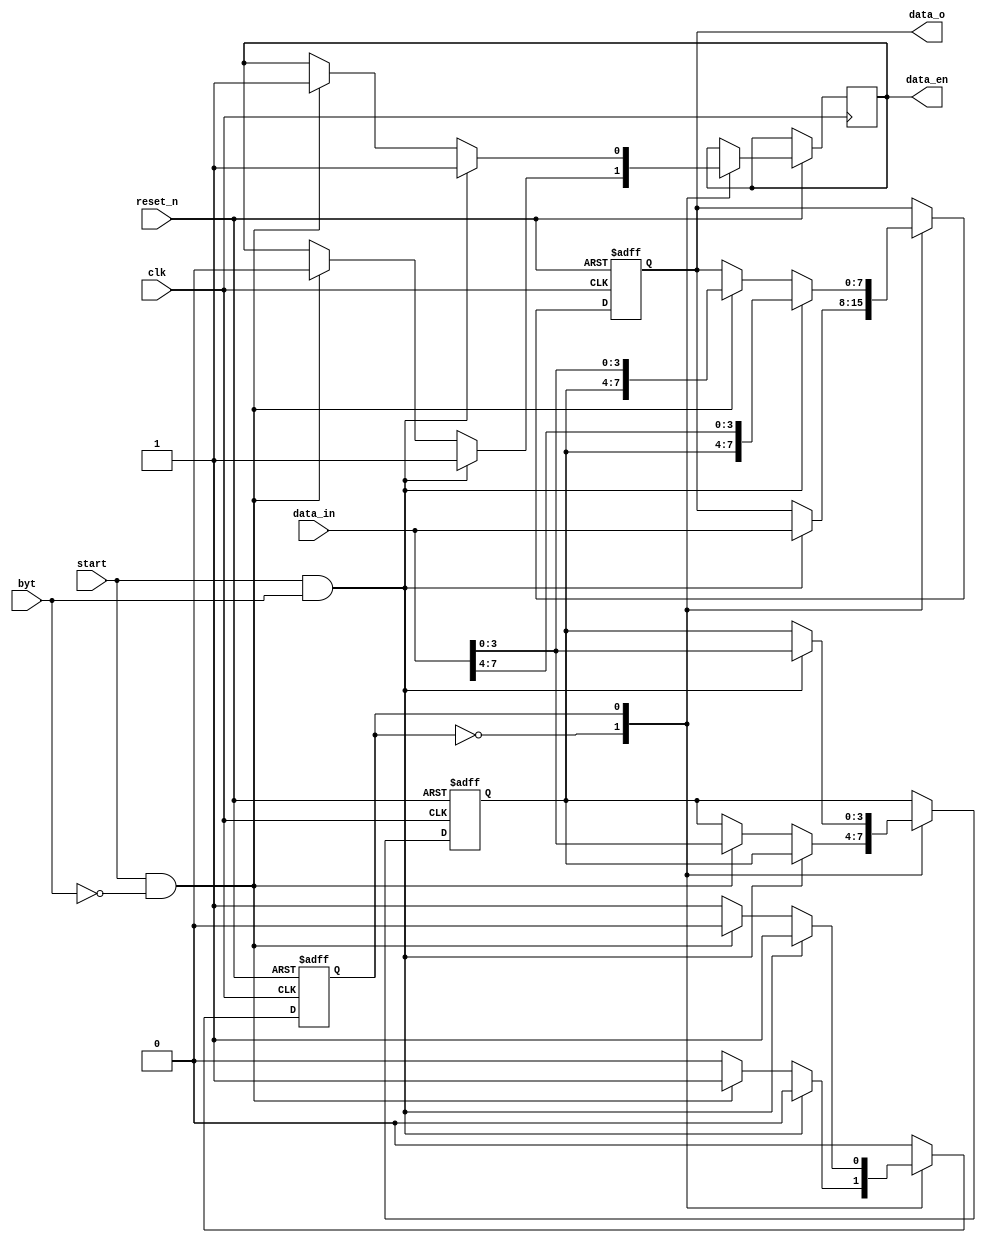
module data_trans(
	input 							clk,
	input 							reset_n,
	input 							start,
	input 	    [7:0] 	data_in,
	input 		 					byt,
	output	reg [7:0] 	data_o,
	output	reg					data_en
	);
	
//reg/wire define
  reg [3:0] data_reg;
//FSM
  parameter EMPTY = 1'b0, HALF = 1'b1;
  reg state;

//transition logic
always@(posedge clk or negedge reset_n) begin
	if (!reset_n) begin
		data_o <= 8'd0;
		data_reg <= 4'd0;
		state <= EMPTY;
	end
	else begin 
	  	case(state)
					EMPTY : begin
						if (start && byt) begin
							data_o <= data_in;
							data_en <= 1'b1;
							state <= EMPTY;
						end
						else if (start && !byt) begin
							data_reg <= data_in[3:0];
							data_en <= 1'b0;
							state <= HALF;
						end
					end
					HALF : begin
						if (start && byt) begin
							data_o <= {data_reg , data_in[7:4]};
							data_en <= 1'b1;
							data_reg <= data_in[3:0];
							state <= HALF;
						end
						else if(start && !byt) begin
							data_o <= {data_reg , data_in[3:0]};
							data_en <= 1'b1;
							state <= EMPTY;
						end
					end
	    endcase
	end
end
endmodule